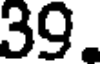
39.